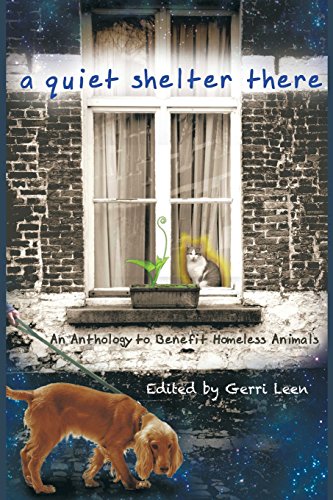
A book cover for A Quiet Shelter There; Wendy L. Schmidt; Science Fiction & Fantasy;